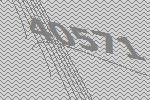
40571